Annual administration report of the Civil Veterinary Department of India - 1898-1899
Year: 1898
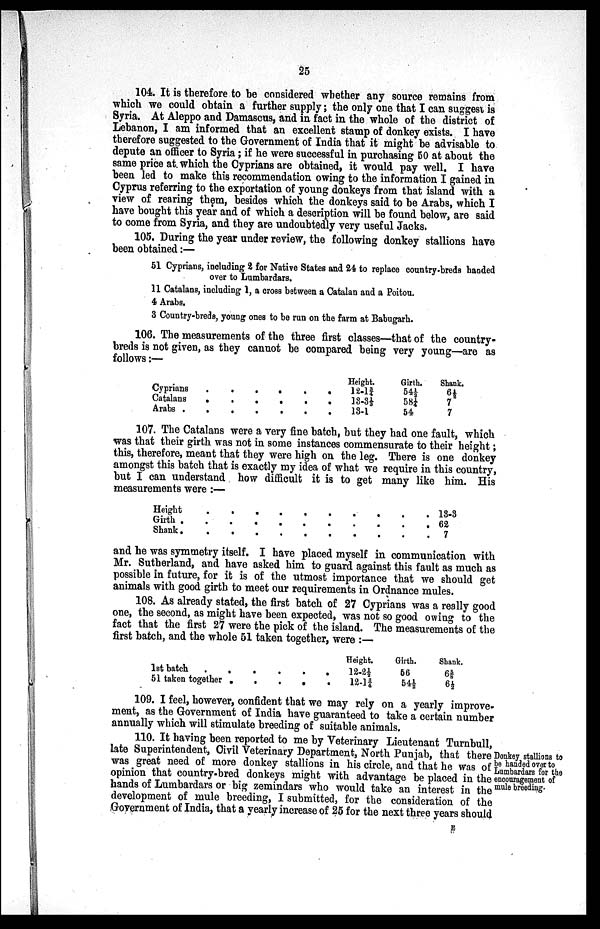
25
104. It is therefore to be considered whether any source remains from
which we could obtain a further supply; the only one that I can suggest is
Syria. At Aleppo and Damascus, and in fact in the whole of the district of
Lebanon, I am informed that an excellent stamp of donkey exists. I have
therefore suggested to the Government of India that it might be advisable to
depute an officer to Syria; if he were successful in purchasing 50 at about the
same price at. which the Cyprians are obtained, it would pay well. I have
been led to make this recommendation owing to the information I gained in
Cyprus referring to the exportation of young donkeys from that island with a
view of rearing them, besides which the donkeys said to be Arabs, which I
have bought this year and of which a description will be found below, are said
to come from Syria, and they are undoubtedly very useful Jacks.
105. During the year under review, the following donkey stallions have
been obtained:—
51 Cyprians, including 2 for Native States and 24 to replace country-breds handed
over to Lumbardars.
11 Catalans, including 1, a cross between a Catalan and a Poitou.
4 Arabs.
3 Country-breds, young ones to be run on the farm at Babugarh.
106. The measurements of the three first classes—that of the country-
breds is not given, as they cannot be compared being very young—are as
follows:—
Cyprians.
.
.
.
.
.
Catalans
.
.
.
.
.
.
Arabs . . . . . . .
Height.
12.1¾
13.3⅓
13.1
Girth.
54½
58¼
54
Shank.
6½
7
7
107. The Catalans were a very fine batch, but they had one fault, which
was that their girth was not in some instances commensurate to their height;
this, therefore, meant that they were high on the leg. There is one donkey
amongst this batch that is exactly my idea of what we require in this country,
but I can understand how difficult it is to get many like him. His
measurements were:—
Height. . . . . . . . .
Girth . . . . . . . . . .
Shank . . . . . . . . . .
13.3
62
7
and he was symmetry itself. I have placed myself in communication with
Mr. Sutherland, and have asked him to guard against this fault as much as
possible in future, for it is of the utmost importance that we should get
animals with good girth to meet our requirements in Ordnance mules.
108. As already stated, the first batch of 27 Cyprians was a really good
one, the second, as might have been expected, was not so good owing to the
fact that the first 27 were the pick of the island. The measurements of the
first batch, and the whole 51 taken together, were:—
1st batch
.
.
.
.
.
.
51 taken
together.
.
.
.
.
Height.
12.2⅓
12.1¾
Girth.
56
54½
Shank.
6⅝
6½
109. I feel, however, confident that we may rely on a yearly improve
ment, as the Government of India have guaranteed to take a certain number
annually which will stimulate breeding of suitable animals.
Donkey stallions to
be handed over to
Lumbardars for the
encouragement of
mule breeding.
110. It having been reported to me by Veterinary Lieutenant Turnbull,
late Superintendent, Civil Veterinary Department, North Punjab, that there
was great need of more donkey stallions in his circle, and that he was of
opinion that country-bred donkeys might with advantage be placed in the
hands of Lumbardars or big zemindars who would take an interest in the
development of mule breeding, I submitted, for the consideration of the
Government of India, that a yearly increase of 25 for the next three years should
E